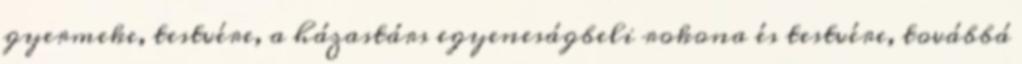
gyermeke, testvére, a házastárs egyeneságbeli rokona és testvére, továbbá